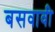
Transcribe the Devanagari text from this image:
बसवावी